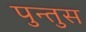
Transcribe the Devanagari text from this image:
पुन्तुस